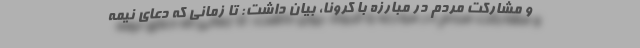
و مشارکت مردم در مبارزه با کرونا، بیان داشت: تا زمانی که دعای نیمه‌